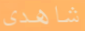
شاهدى